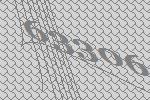
63306